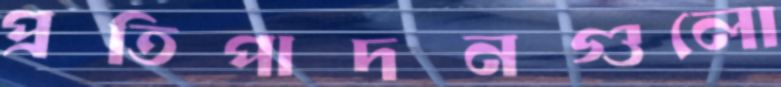
প্রতিপাদনগুলো